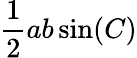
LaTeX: {\frac{1}{2}}ab\sin(C)